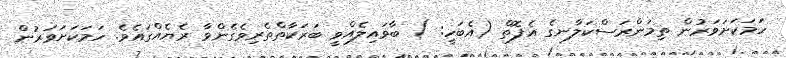
ހަމަކަށަވަރުން ތިމަންރަސްކަލާނގެ އެފޮތް (އެބަހީ: ) ބާވައިލެއްވީ ބަރަކާތްތެރިވެގެންވާ ރެޔެއްގައެވެ. ހަމަކަށަވަރުން